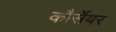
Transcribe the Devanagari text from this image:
कौर्सेयर